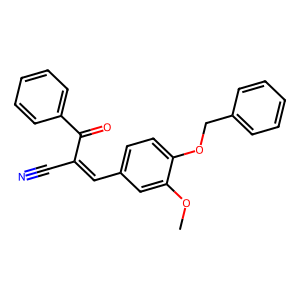
SMILES: COc1cc(C=C(C#N)C(=O)c2ccccc2)ccc1OCc1ccccc1
Inhibits HIV replication: No